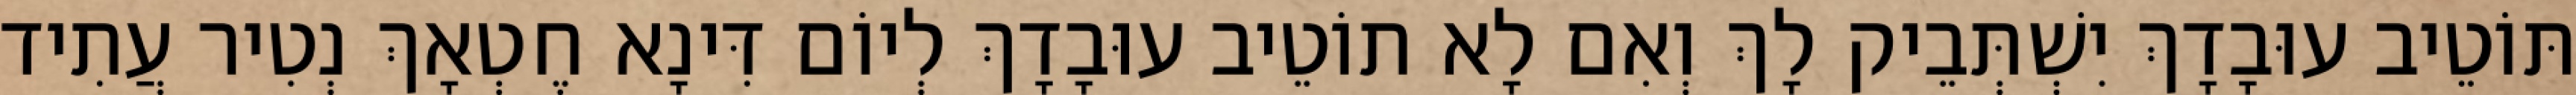
תּוֹטֵיב עוּבָדָךְ יִשְׁתְּבֵיק לָךְ וְאִם לָא תוֹטֵיב עוּבָדָךְ לְיוֹם דִּינָא חֶטְאָךְ נְטִיר עֲתִיד